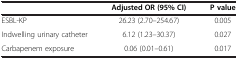
|  | Adjusted OR (95%CI) | P value |
 | --- | --- | --- |
 | ESBL-KP | 26.23 (2.70–254.67) | 0.005 |
 | Indwelling urinary catheter | 6.12 (1.23–30.37) | 0.027 |
 | Carbapenem exposure | 0.06 (0.01–0.61) | 0.017 |